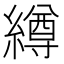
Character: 繜